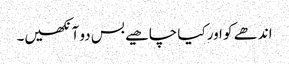
اندھے کو اور کیا چاھیے بس دو آنکھیں۔